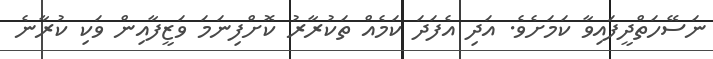
ނަސޭހަތްދީފައިވާ ކަމަށެވެ. އަދި އެފަދަ ކަމެއް ތަކުރާރު ކޮށްފިނަމަ ވަޒީފާއިން ވަކި ކުރާނެ